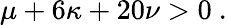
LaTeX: \mu+6\kappa+20\nu>0\ .